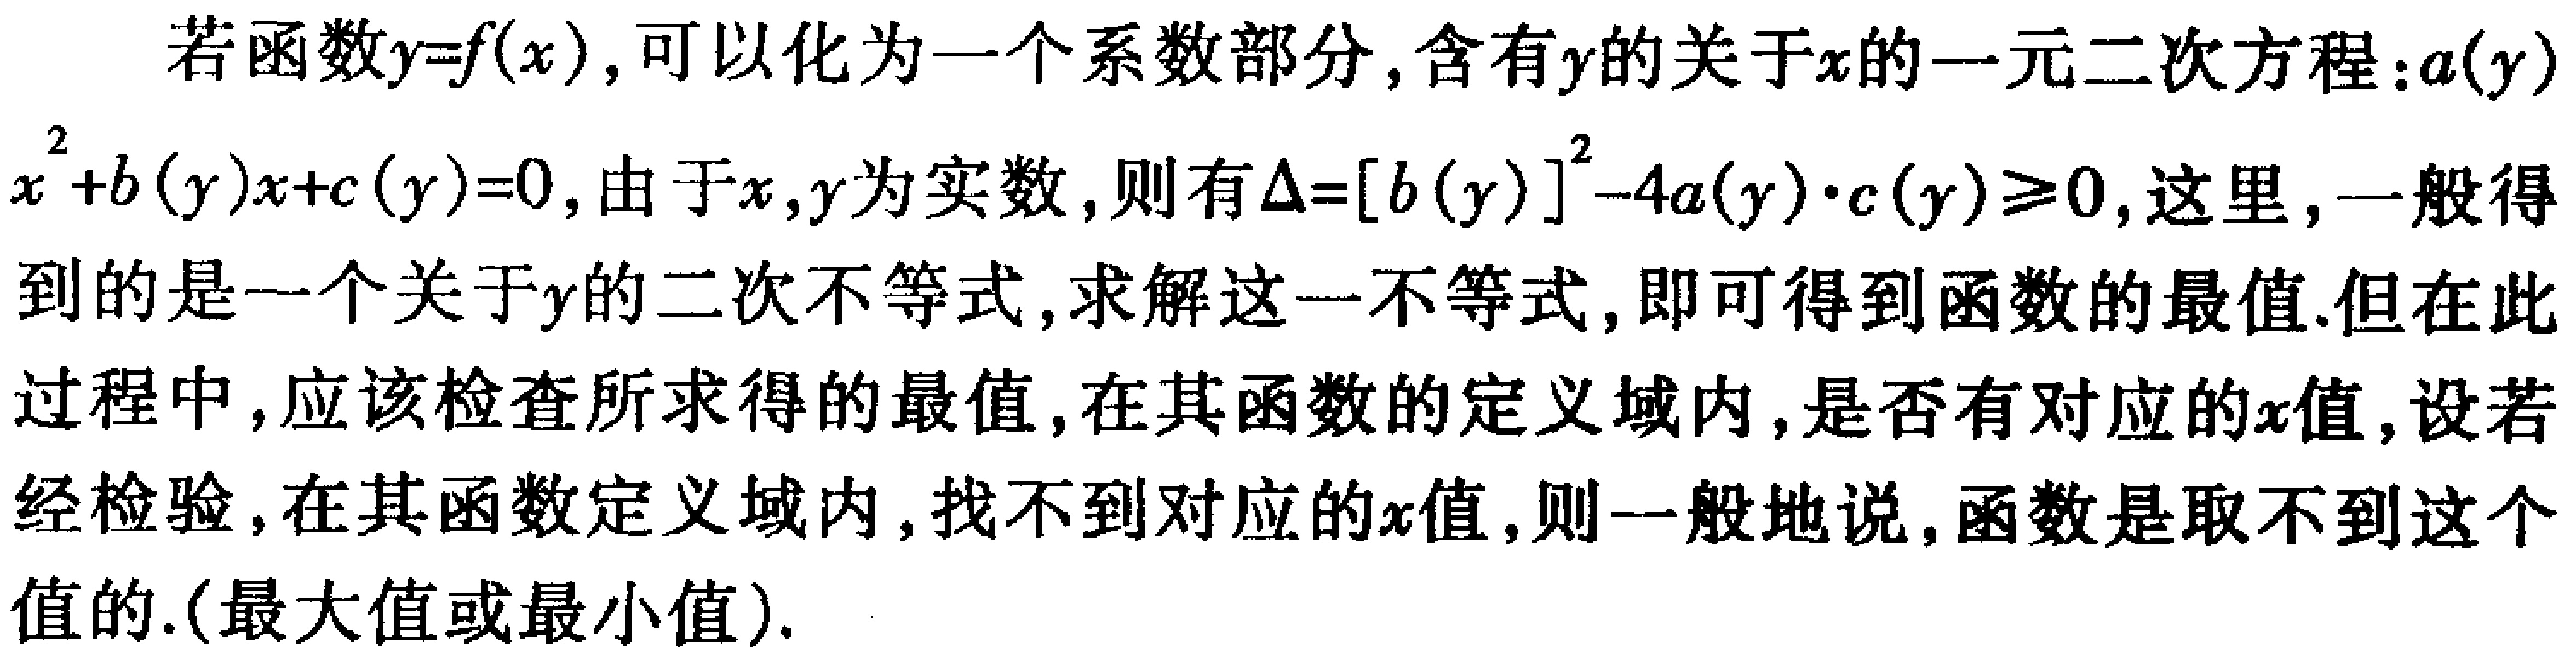
若函数\(y = f(x)\)，可以化为一个系数部分，含有\(y\)的关于\(x\)的一元二次方程：\(a(y)x^{2}+b(y)x + c(y)=0\)，由于\(x,y\)为实数，则有\(\Delta=[b(y)]^{2}-4a(y)\cdot c(y)\geq0\)，这里，一般得到的是一个关于\(y\)的二次不等式，求解这一不等式，即可得到函数的最值.但在此过程中，应该检查所求得的最值，在其函数的定义域内，是否有对应的\(x\)值，设若经检验，在其函数定义域内，找不到对应的\(x\)值，则一般地说，函数是取不到这个值的.(最大值或最小值).